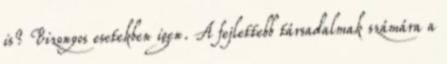
is? Bizonyos esetekben igen. A fejlettebb társadalmak számára a